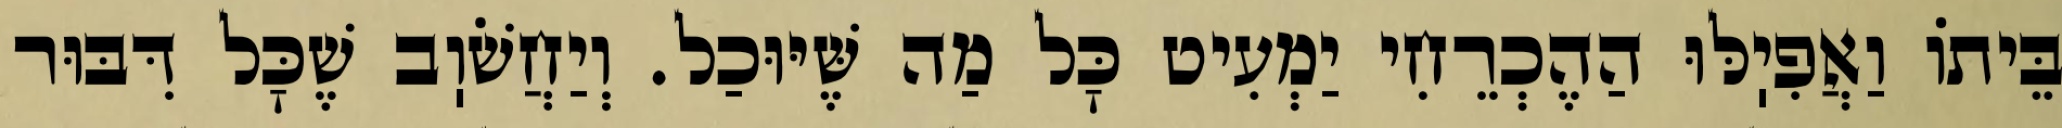
בֵּיתוֹ וַאֲפִיֽלּוּ הַהֶכְרֵחִי יַמְעִיט כׇּל מַה שֶּׁיּוּכַל. וְיַחֲשֹׁוֽב שֶׁכׇּל דִּבּוּר